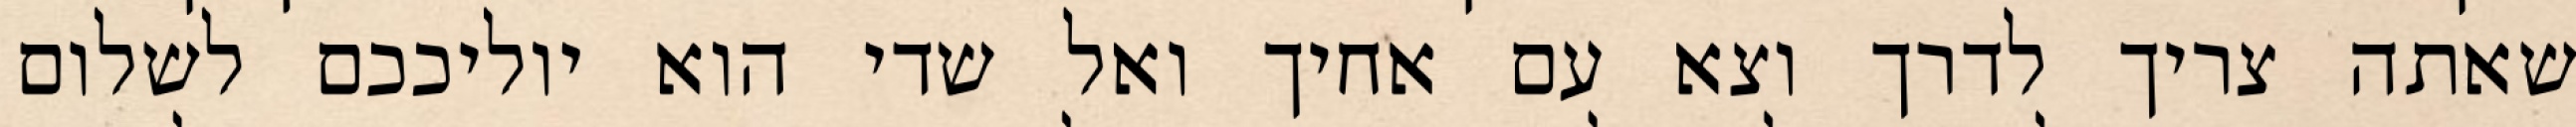
שאתה צריך לדרך וצא עם אחיך ואל שדי הוא יוליככם לשלום